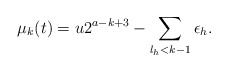
\begin{align*}\mu_k(t) = u2^{a - k + 3} - \sum_{l_h < k-1}\epsilon_h.\end{align*}